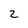
Character: 2